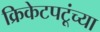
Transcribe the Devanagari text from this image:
क्रिकेटपटूंच्या